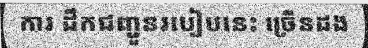
ការ ដឹកជញ្ជួនរបៀបនេះ ច្រើនដង